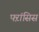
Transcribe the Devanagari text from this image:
फ्ऱांसिस